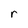
Character: r